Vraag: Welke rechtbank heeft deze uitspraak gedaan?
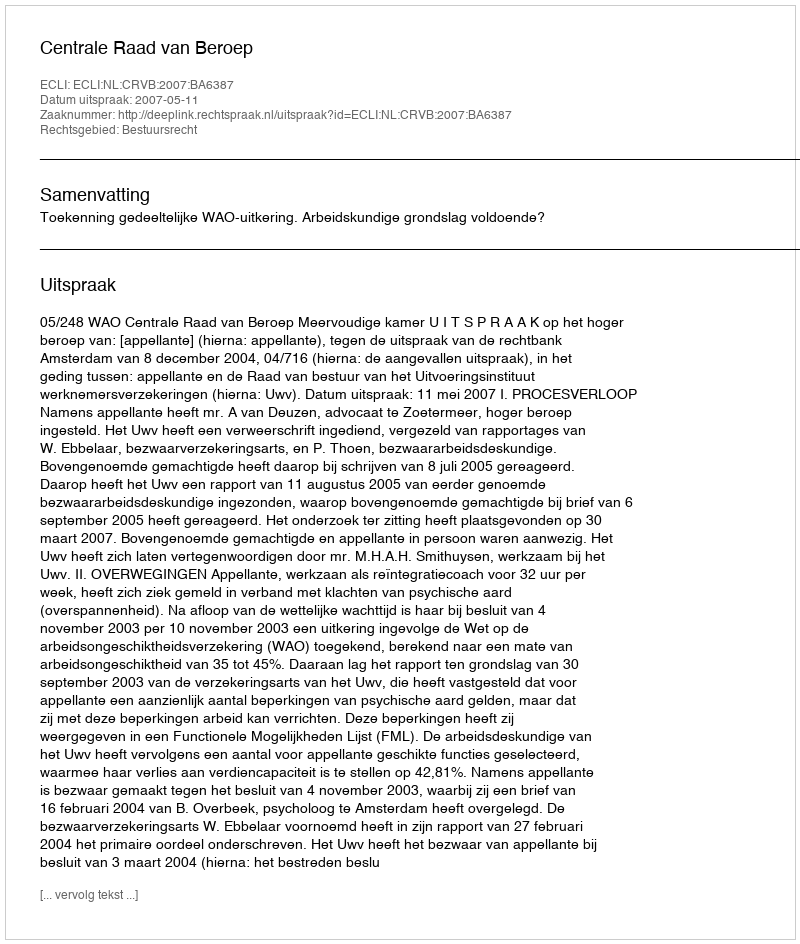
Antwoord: Centrale Raad van Beroep